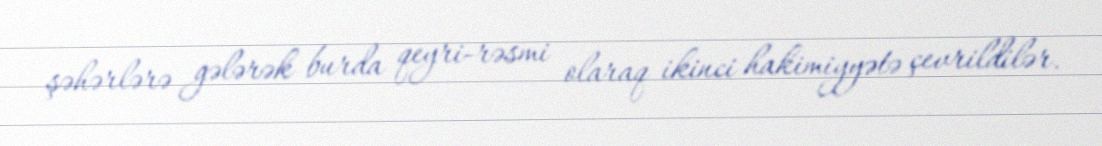
şəhərlərə gələrək burda qeyri-rəsmi olaraq ikinci hakimiyyətə çevrildilər.